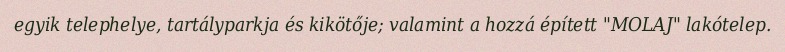
egyik telephelye, tartályparkja és kikötője; valamint a hozzá épített "MOLAJ" lakótelep.